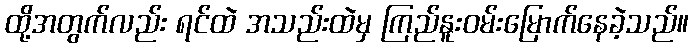
ထို့အတွက်လည်း ရင်ထဲ အသည်းထဲမှ ကြည်နူးဝမ်းမြောက်နေခဲ့သည်။